Report on vaccination in Madras 1904-1921 - 1904-1921
Year: 1904
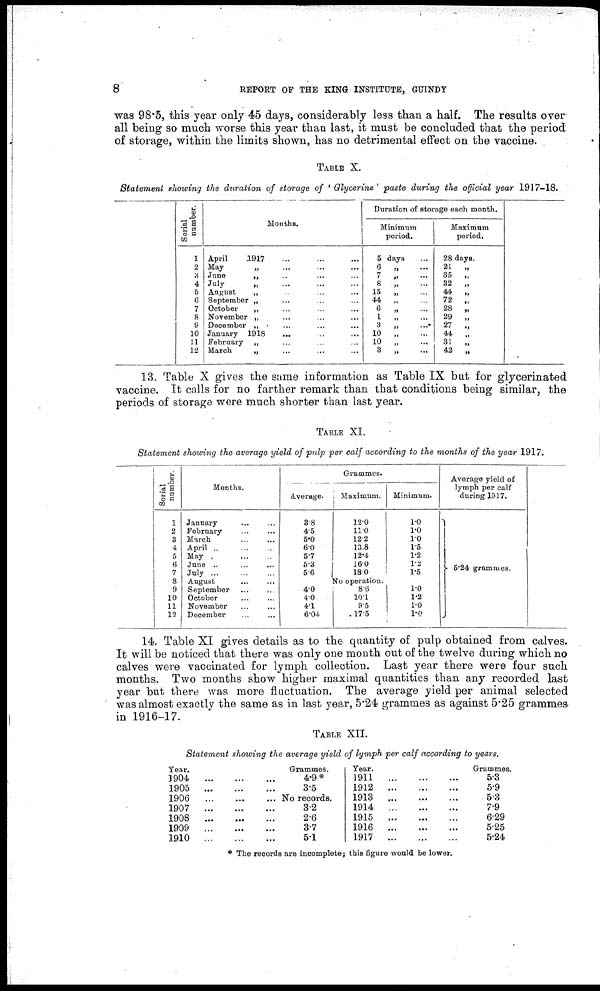
8
REPORT OF THE KING INSTITUTE, GUINDY
was 98.5, this year only 45 days, considerably less than a half. The results over
all being so much worse this year than last, it must be concluded that the period
of storage, within the limits shown, has no detrimental effect on the vaccine.
TABLE X.
Statement showing the duration of storage of ' Glycerine'paste
during the official year 1917-18.
Serial
number.
1
2
3
4
5
6
7
8
9
10
11
12
Months.
April
1917 ... ... ...
May
„ ... ... ...
Jane
„ ... ... ...
July
„ ... ... ...
August
„ ... ... ...
September „ ... ... ...
October
„ ... ... ...
November „ ... ... ...
December „ ... ... ...
January 1918 ... ... ...
February „ ... ... ...
March
„ ... ... ...
Duration of storage each month.
Minimum
period.
5 days ...
6 „ ...
7 „ ...
8
„ ...
15
„ ...
44
„ ...
6 „ ...
1
„
...
3 „
...
10
„ ...
10 „
...
3 „ ...
Maximum
period.
28 days.
21
„
35
„
32
„
44
„
72
„
28
„
29
„
27
„
44
„
31
„
42
„
13. Table X gives the same information as Table IX but for glycerinated
vaccine. It calls for no farther remark than that conditions being similar, the
periods of storage were much shorter than last year.
TABLE XI.
Statement showing the average yield of pulp per calf according to the months of the year 1917.
Serial
number.
1
2
3
4
5
6
7
8
9
10
11
12
Months.
January ... ...
February ... ...
March ... ...
April ... ...
May
...
...
...
June .. ... ...
July
...
...
...
August
...
...
September ... ...
October ... ...
November ... ...
December ... ...
Grammes.
Average.
3.8
4.5
5.0
6.0
5.7
5.3
5.6
Maximum.
12.0
11.0
12.2
13.8
12.4
16.0
18.0
Minimum.
1.0
1.0
1.0
1.5
1.2
1.2
1.5
No operation.
4.0
4.0
4.1
6.04
8.6
10.1
9.5
17.5
1.0
1.2
1.0
1.0
Average yield of
lymph per calf
during 1917.
5.24 grammes.
14. Table XI gives details as to the quantity of pulp obtained from calves.
It will be noticed that there was only one month out of the twelve during which no
calves were vaccinated for lymph collection. Last year there were four such
months. Two months show higher maximal quantities than any recorded last
year but there was more fluctuation. The average yield per animal selected
was almost exactly the same as in last year, 5.24 grammes as against 5.25 grammes
in 1916-17.
TABLE
XII.
Statement showing the average yield of lymph per calf according to years.
Year.
1904
...
...
...
1905
...
...
...
1906
...
...
...
1907
...
...
...
1908
...
...
...
1909
...
...
...
1910
...
...
...
Grammes.
4.9*
3.5
No records.
3.2
2.6
3.7
5.1
Year.
1911...
...
...
1912
...
...
...
1913
...
...
...
1914
...
...
...
1915
...
...
...
1916
...
...
...
1917
...
...
...
Grammes.
5.3
5.9
5.3
7.9
6.29
5.25
5.24
* The records are incomplete; this figure would be lower.